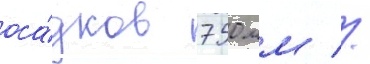
оса́дков 750 мм //